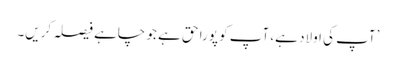
’آپ کی اولاد ہے، آپ کو پورا حق ہے جو چاہے فیصلہ کریں۔